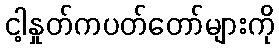
ငါ့နှုတ်ကပတ်တော်များကို